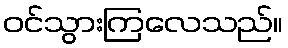
ဝင်သွားကြလေသည်။